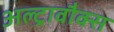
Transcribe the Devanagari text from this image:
अल्ट्रावौक्स